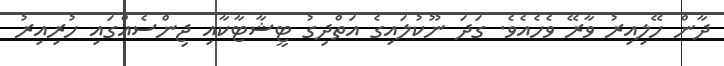
ދާން ހޭލިއިރު ވާރޭ ވެހެއެވެ. ގަދަ ނޫކުލައިގެ އަތްދިގު ޓީޝާޓާކާއި ޖިންސެއްގައި ހުރިއިރު